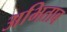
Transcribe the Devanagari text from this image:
अभिताब